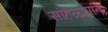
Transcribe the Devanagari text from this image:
सोहळ्यांत